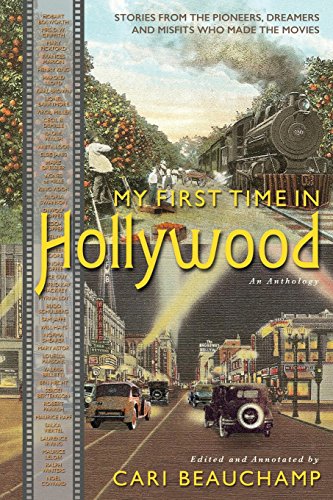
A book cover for My First Time in Hollywood; Business & Money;